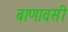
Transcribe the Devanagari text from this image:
बाणावसी